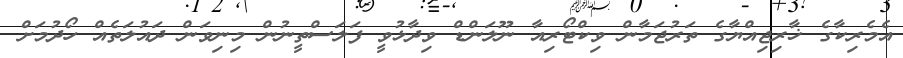
އެމެރިކާގެ ޚާރިޖިއްޔާގެ ތަރުޖަމާން ވިކްޓޯރިއާ ނޫލަންޑް ވިދާޅުވީ ފަލަސްތީނުން މިނިވަން ދައުލަތެއް ހޯދުމަށް